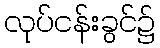
လုပ်ငန်းခွင်၌